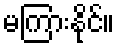
မကြားနိုင်။